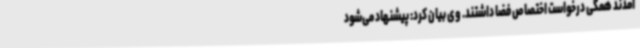
آمدند همگی درخواست اختصاص فضا داشتند. وی بیان کرد: پیشنهاد می‌شود